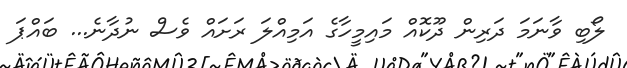
ލޯބި ވާނަމަ ދަރިން ދޫކޮއް މައިމީހާގެ އަމިއްލަ ރަށައް ވެސް ނުދާނެ... ބައްޕަ